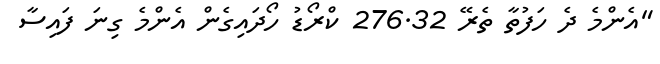
"އެންމެ ދެ ހަފުތާ ތެރޭ 276.32 ކްރޯޑު ހޯދައިގެން އެންމެ ގިނަ ފައިސާ